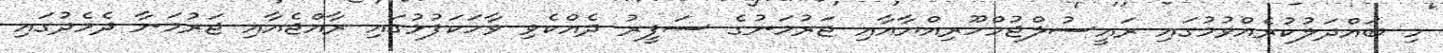
މި ބައްދަލުކުރެއްވުމުގައި ރައީސުލްޖުމްހޫރިއްޔާއާއި ޖަރުމަނުގެ ސަފީރު ދެއްކެވި ވާހަކަފުޅުގައި ރާއްޖެއާއި ޖަރުމަނާ ދެމެދުގައި